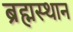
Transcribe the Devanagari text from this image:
ब्रह्मस्थान